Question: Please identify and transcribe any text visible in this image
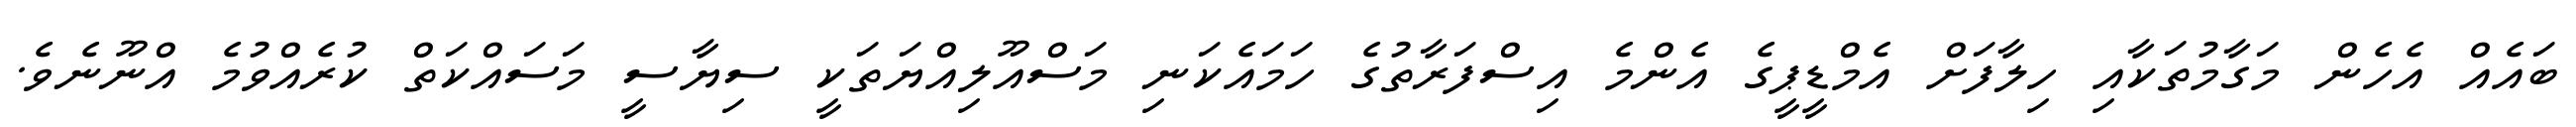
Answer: ބައެއް އެހެން މަގާމުތަކާއި ހިލާފަށް އެމްޑީޕީގެ އެންމެ އިސްފަރާތުގެ ހަމައެކަނި މަސްއޫލިއްޔަތަކީ ސިޔާސީ މަސައްކަތް ކުރެއްވުމެ އްނޫނެވެ.